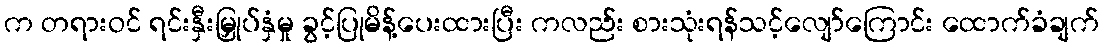
က တရားဝင် ရင်းနှီးမြှုပ်နှံမှု ခွင့်ပြုမိန့်ပေးထားပြီး ကလည်း စားသုံးရန်သင့်လျော်ကြောင်း ထောက်ခံချက်